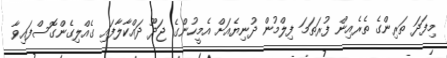
މިފަދަ ތަރިންގެ ތެރެއިން ފުރަތަމަ ފިލްމުން ދުނިޔެއަށް އެމީހުންގެ ޖަދޫ ދައްކާލާފައި ގެއްލިގެންގޮސްފައިވާ